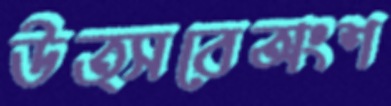
উত্সবেঅংশ